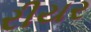
રીયર